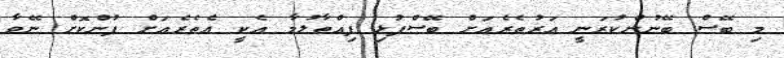
މި ބޭސް ބޭނުންކުރަނީ އަރުތެރެއަށް ބޭސްފުޅި ފިއްތާލުމާ އެކީ އެތެރެއަށް ފުންކޮށް ނޭވާ